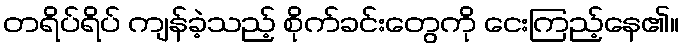
တရိပ်ရိပ် ကျန်ခဲ့သည့် စိုက်ခင်းတွေကို ငေးကြည့်နေ၏။